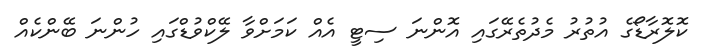
ކޮލޮރާޑޯގެ އުތުރު މެދުތެރޭގައި އޮންނަ ސިޓީ އެއް ކަމަށްވާ ލޭކްވުޑްގައި ހުންނަ ބޭންކެއް